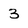
Character: 3